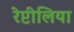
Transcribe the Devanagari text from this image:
रेप्टीलिया